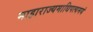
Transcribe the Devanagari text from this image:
माहाराज्यमाधिपत्यमयं